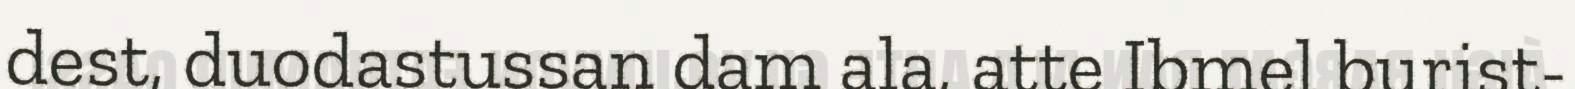
dest, duodastussan dam ala, atte Ibmel burist-